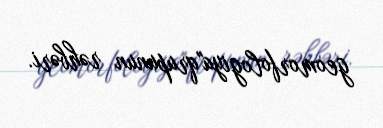
geomorfologiya"qrupunun rəhbəri.